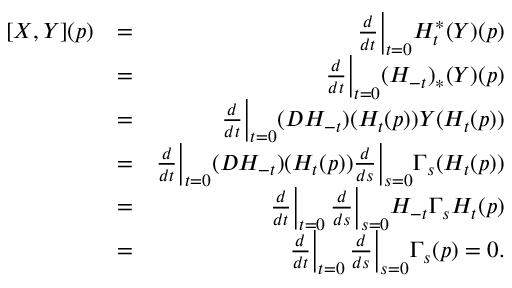
\begin{array} { r l r } { [ X , Y ] ( p ) } & { = } & { \frac { d } { d t } \Bigr | _ { t = 0 } H _ { t } ^ { * } ( Y ) ( p ) } \\ & { = } & { \frac { d } { d t } \Bigr | _ { t = 0 } ( H _ { - t } ) _ { * } ( Y ) ( p ) } \\ & { = } & { \frac { d } { d t } \Bigr | _ { t = 0 } ( D H _ { - t } ) ( H _ { t } ( p ) ) Y ( H _ { t } ( p ) ) } \\ & { = } & { \frac { d } { d t } \Bigr | _ { t = 0 } ( D H _ { - t } ) ( H _ { t } ( p ) ) \frac { d } { d s } \Bigr | _ { s = 0 } \Gamma _ { s } ( H _ { t } ( p ) ) } \\ & { = } & { \frac { d } { d t } \Bigr | _ { t = 0 } \, \frac { d } { d s } \Bigr | _ { s = 0 } H _ { - t } \Gamma _ { s } H _ { t } ( p ) } \\ & { = } & { \frac { d } { d t } \Bigr | _ { t = 0 } \, \frac { d } { d s } \Bigr | _ { s = 0 } \Gamma _ { s } ( p ) = 0 . } \end{array}